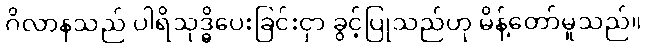
ဂိလာနသည် ပါရိသုဒ္ဓိပေးခြင်းငှာ ခွင့်ပြုသည်ဟု မိန့်တော်မူသည်။